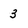
Character: 3